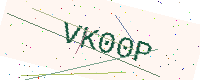
Text: VK00P